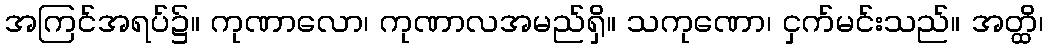
အကြင်အရပ်၌။ ကုဏာလော၊ ကုဏာလအမည်ရှိ။ သကုဏော၊ ငှက်မင်းသည်။ အတ္ထိ၊